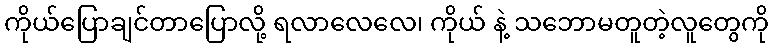
ကိုယ်ပြောချင်တာပြောလို့ ရလာလေလေ၊ ကိုယ် နဲ့ သဘောမတူတဲ့လူတွေကို